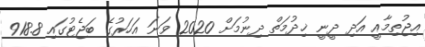
އިޖުތިމާއީ އަދި ދީނީ ޚިދުމަތް ދިނުމަށް 2020 ވަނަ އަހަރުގެ ބަޖެޓުގައި 918.8